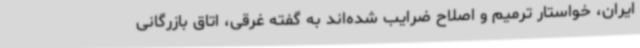
ایران، خواستار ترمیم و اصلاح ضرایب شده‌اند به گفته غرقی، اتاق بازرگانی